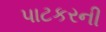
પાટકરની